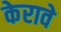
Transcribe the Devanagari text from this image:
केरावे